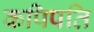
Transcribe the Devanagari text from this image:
कपिपति